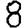
Digit: 8